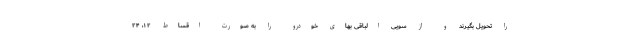
را تحویل بگیرند و از سویی الباقی بهای خودرو را به صورت اقساط ۱۲، ۲۴